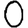
Digit: 0